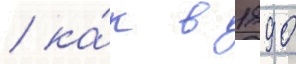
/ ка́к в 1890